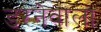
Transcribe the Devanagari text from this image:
डरनेवाला